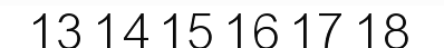
13 14 15 16 17 18